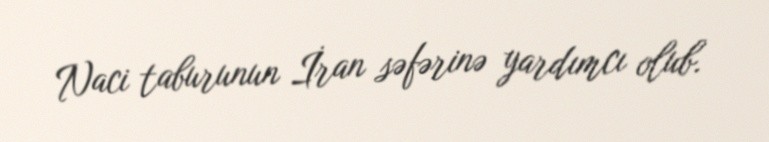
Naci taburunun İran səfərinə yardımcı olub.